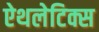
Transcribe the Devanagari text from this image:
ऐथलेटिक्स